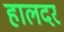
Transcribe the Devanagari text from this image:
हालदर